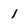
Character: 1